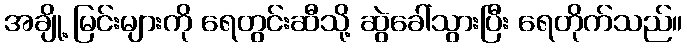
အချို့ မြင်းများကို ရေတွင်းဆီသို့ ဆွဲခေါ်သွားပြီး ရေတိုက်သည်။